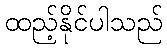
ထည့်နိုင်ပါသည်